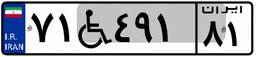
۷۱W۴۹۱۸۱